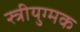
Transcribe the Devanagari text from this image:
स्त्रीयुग्मक